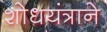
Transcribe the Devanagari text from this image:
शोधयंत्राने